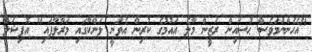
"އެހެންނަމަވެސް ޙުސައިން ރަޒީން މާލެ އައުމުގެ ކުރިން އެވަނީ ލަންކާގައި މަރާލާފައި" އޮފިޝަލް